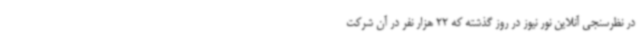
در نظرسنجی آنلاین نور نیوز در روز گذشته که 22 هزار نفر در آن شرکت